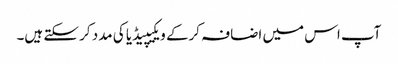
آپ اس میں اضافہ کرکے ویکیپیڈیا کی مدد کر سکتے ہیں۔